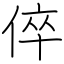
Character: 倅